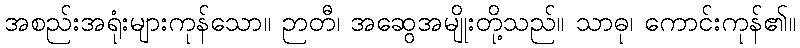
အစည်းအရုံးများကုန်သော။ ဉာတီ၊ အဆွေအမျိုးတို့သည်။ သာဓု၊ ကောင်းကုန်၏။